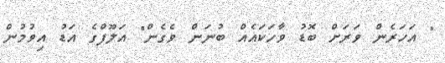
" އަހަރެން ވަރަށް ބޮޑު ވާހަކައެއް ބުނަން ވެގެން" އަލޫފްގެ އަޑު އިވުމުން